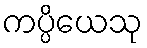
ကပ္ပိယေသု